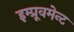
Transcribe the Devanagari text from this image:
इम्प्रूवमेन्ट